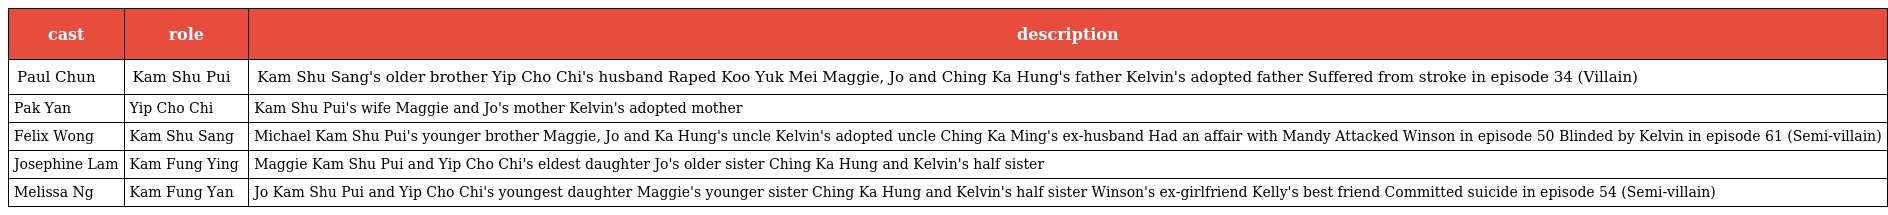
| cast | role | description |
 | --- | --- | --- |
 | Paul Chun | Kam Shu Pui 甘樹培 | Kam Shu Sang's older brother Yip Cho Chi's husband Raped Koo Yuk Mei Maggie, Jo and Ching Ka Hung's father Kelvin's adopted father Suffered from stroke in episode 34 (Villain) |
 | Pak Yan | Yip Cho Chi | Kam Shu Pui's wife Maggie and Jo's mother Kelvin's adopted mother |
 | Felix Wong | Kam Shu Sang 甘樹生 | Michael Kam Shu Pui's younger brother Maggie, Jo and Ka Hung's uncle Kelvin's adopted uncle Ching Ka Ming's ex-husband Had an affair with Mandy Attacked Winson in episode 50 Blinded by Kelvin in episode 61 (Semi-villain) |
 | Josephine Lam | Kam Fung Ying 甘鳳英 | Maggie Kam Shu Pui and Yip Cho Chi's eldest daughter Jo's older sister Ching Ka Hung and Kelvin's half sister |
 | Melissa Ng | Kam Fung Yan 甘鳳欣 | Jo Kam Shu Pui and Yip Cho Chi's youngest daughter Maggie's younger sister Ching Ka Hung and Kelvin's half sister Winson's ex-girlfriend Kelly's best friend Committed suicide in episode 54 (Semi-villain) |